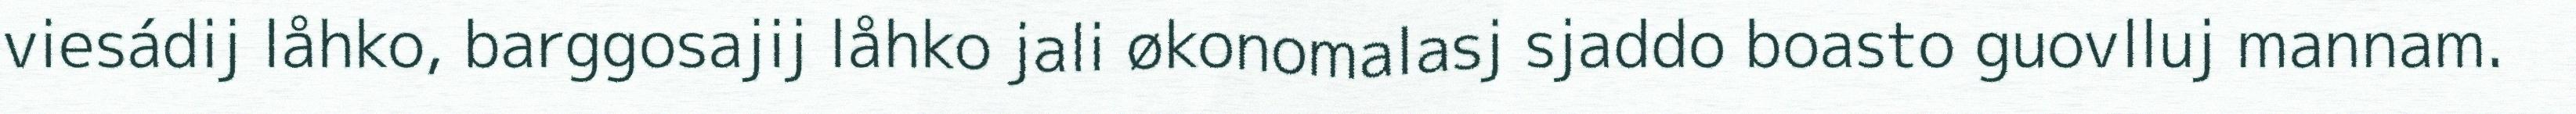
viesádij låhko, barggosajij låhko jali økonomalasj sjaddo boasto guovlluj mannam.